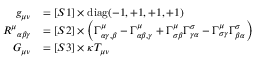
{ \begin{array} { r l } { g _ { \mu \nu } } & { = [ S 1 ] \times \operatorname { d i a g } ( - 1 , + 1 , + 1 , + 1 ) } \\ { { R ^ { \mu } } _ { \alpha \beta \gamma } } & { = [ S 2 ] \times \left( \Gamma _ { \alpha \gamma , \beta } ^ { \mu } - \Gamma _ { \alpha \beta , \gamma } ^ { \mu } + \Gamma _ { \sigma \beta } ^ { \mu } \Gamma _ { \gamma \alpha } ^ { \sigma } - \Gamma _ { \sigma \gamma } ^ { \mu } \Gamma _ { \beta \alpha } ^ { \sigma } \right) } \\ { G _ { \mu \nu } } & { = [ S 3 ] \times \kappa T _ { \mu \nu } } \end{array} }